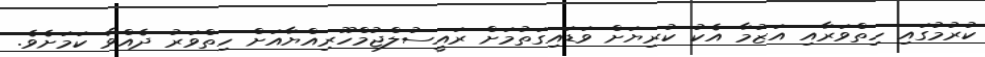
ކުރުމުގައި ހިތްވަރާއި އަޒުމާ އެކު ކުރިޔަށް ވަޑައިގަތުމަށް ރައީސުލްޖުމްހޫރިއްޔާއަށް ހިތްވަރު ދެއްވާ ކަމަށެވެ.